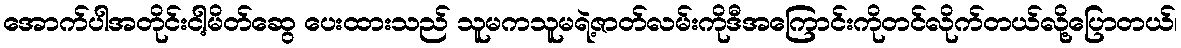
အောက်ပါအတိုင်းငါ့မိတ်ဆွေ ပေးထားသည် သူမကသူမရဲ့ဇာတ်လမ်းကိုဒီအကြောင်းကိုတင်လိုက်တယ်လို့ပြောတယ်၊